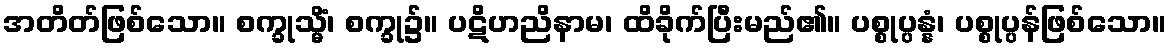
အတိတ်ဖြစ်သော။ စက္ခုသ္မိံ၊ စက္ခု၌။ ပဋိဟညိနာမ၊ ထိခိုက်ပြီးမည်၏။ ပစ္စုပ္ပန္နံ၊ ပစ္စုပ္ပန်ဖြစ်သော။